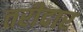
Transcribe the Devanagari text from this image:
तरीदार